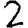
Digit: 2